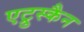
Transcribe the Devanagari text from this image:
एट्रुस्कैन